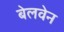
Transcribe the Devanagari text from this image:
बेलवेन